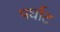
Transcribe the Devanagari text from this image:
पर्घाट